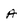
Character: A